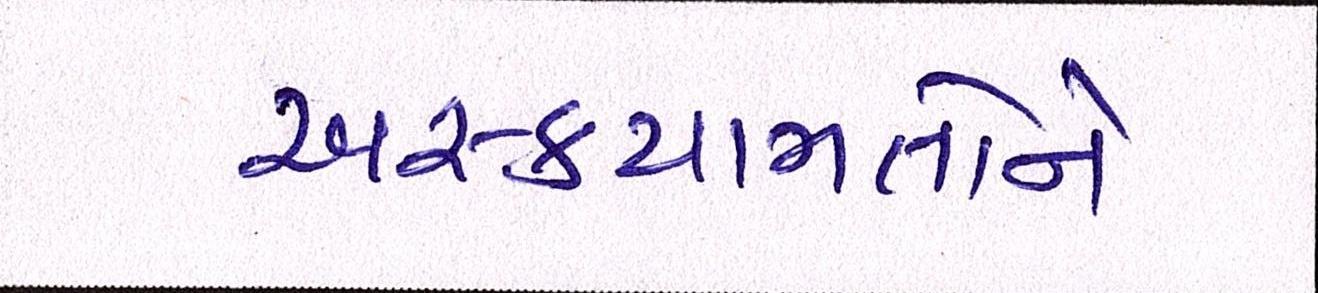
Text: અસ્કયામતોને